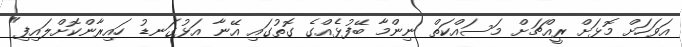
އަވަހަށް މޮޅަށް ރީއްޗަށް މަސައްކަތް ނިންމާ ބޭފުޅެއްގެ ގޮތުގައި އޭނާ އަޅުގަނޑު ހައިރާންކޮށްލައިފި"